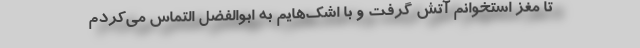
تا مغز استخوانم آتش گرفت و با اشک‌هایم به ابوالفضل التماس می‌کردم